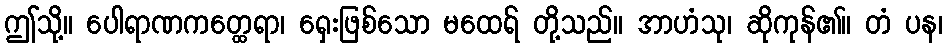
ဤသို့။ ပေါရာဏကတ္ထေရာ၊ ရှေးဖြစ်သော မထေရ် တို့သည်။ အာဟံသု၊ ဆိုကုန်၏။ တံ ပန၊